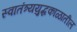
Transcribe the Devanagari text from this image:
स्वातंत्र्ययुद्धकाळातील